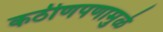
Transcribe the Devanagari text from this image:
कठीणपणामुळे